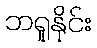
ဘရူနိုင်း